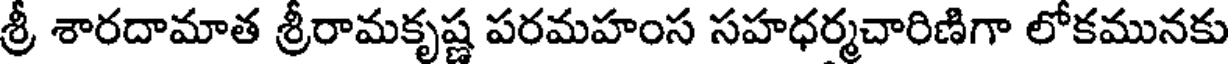
శ్రీ శారదామాత శ్రీరామకృష్ణ పరమహంస సహధర్మచారిణిగా లోకమునకు